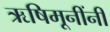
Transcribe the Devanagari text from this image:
ऋषिमूनींनी